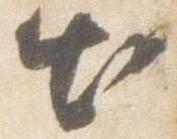
出